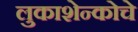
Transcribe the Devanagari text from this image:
लुकाशेन्कोचे